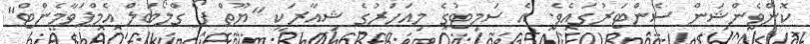
ކޮންވެންޝަން ސެންޓަރުގައެވެ. އެ ސަމިޓުގެ މިއަހަރުގެ ޝިއާރަކީ "ޔޫތް ފޯ ގްލޯބަލް އެމްޕަވާމެންޓް"